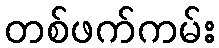
တစ်ဖက်ကမ်း